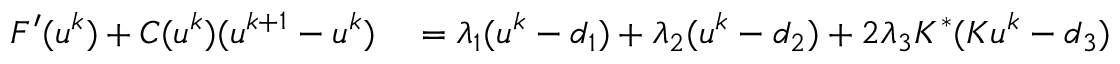
\begin{array} { r l } { F ^ { \prime } ( u ^ { k } ) + C ( u ^ { k } ) ( u ^ { k + 1 } - u ^ { k } ) } & { { } = \lambda _ { 1 } ( u ^ { k } - d _ { 1 } ) + \lambda _ { 2 } ( u ^ { k } - d _ { 2 } ) + 2 \lambda _ { 3 } K ^ { * } ( K u ^ { k } - d _ { 3 } ) } \end{array}